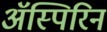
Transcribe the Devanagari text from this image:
अॅस्पिरिन